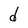
Character: d